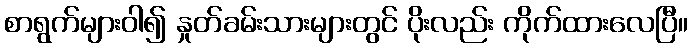
စာရွက်များဝါ၍ နှုတ်ခမ်းသားများတွင် ပိုးလည်း ကိုက်ထားလေပြီ။